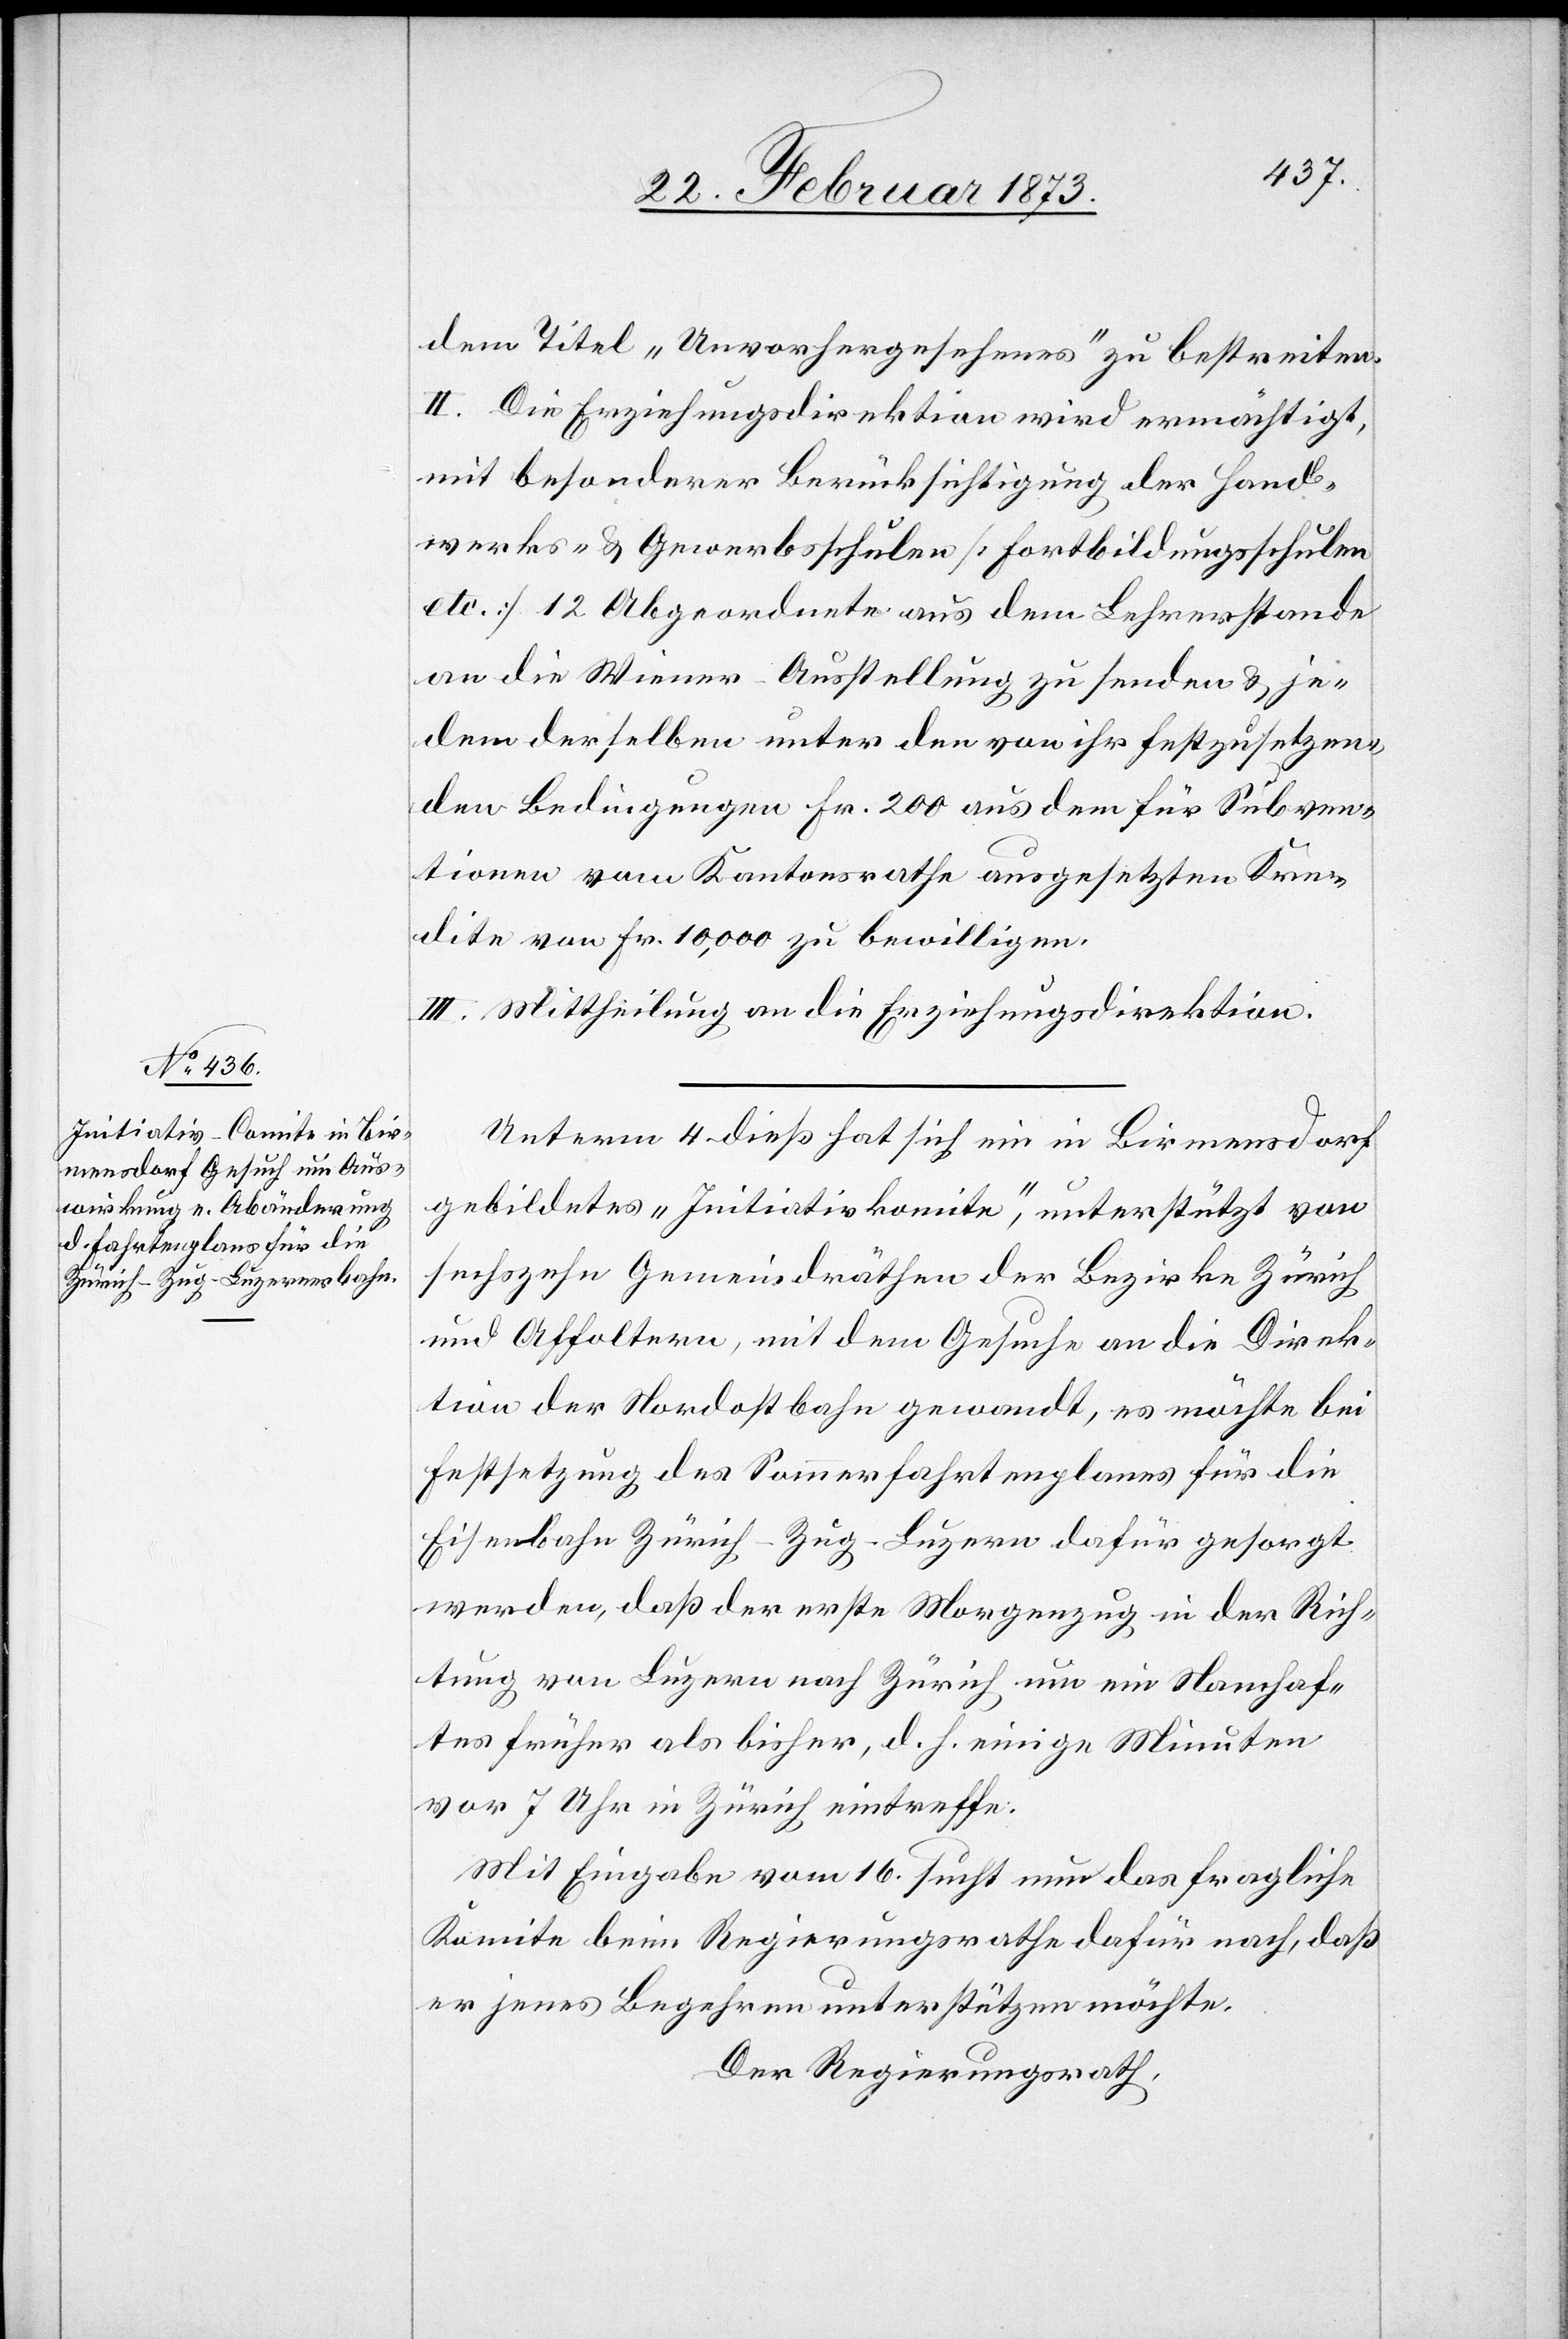
dem Theil „Unvorhergesehenes“ zu bestreiten.
II. Die Erziehungsdirektion wird ermächtigt,
mit besonderer Berücksichtigung der Hand¬
werks- u . Gewerbeschulen [Fortbildungsschulen
etc.] 12 Abgeordnete aus dem Lehrerstande
an die Wiener-Ausstellung zu senden u. je¬
dem derselben unter den von ihr festzusetzen¬
den Bedingungen Fr. 200 aus dem für Subven¬
tionen vom Kantonsrathe ausgesetzten Kre¬
dite von Fr. 10,000 zu bewilligen.
III. Mittheilung an die Erziehungsdirektion.
Unterm 4. dieß hat sich ein in Birmensdorf
gebildetes „Initiativkomite“, unterstützt von
sechszehn Gemeindräthen der Bezirke Zürich
und Affoltern, mit dem Gesuche an die Direk¬
tion der Nordostbahn gewandt, es möchte bei
Festsetzung des Sommerfahrtenplanes für die
Eisenbahn Zürich–Zug–Luzern dafür gesorgt
werden, daß der erste Morgenzug in der Rich¬
tung von Luzern nach Zürich um ein Namhaf¬
tes früher als bisher, d. h. einige Minuten
vor 7 Uhr in Zürich eintreffe.
Mit Eingabe vom 16. sucht nun das fragliche
Komite beim Regierungsrathe dafür nach, daß
er jenes Begehren unterstützen möchte.
Der Regierungsrath,